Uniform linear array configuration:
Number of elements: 64
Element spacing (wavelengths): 0.5
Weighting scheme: hamming
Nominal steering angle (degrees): -15
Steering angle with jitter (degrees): -14.172
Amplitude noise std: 0.05
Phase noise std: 0.05

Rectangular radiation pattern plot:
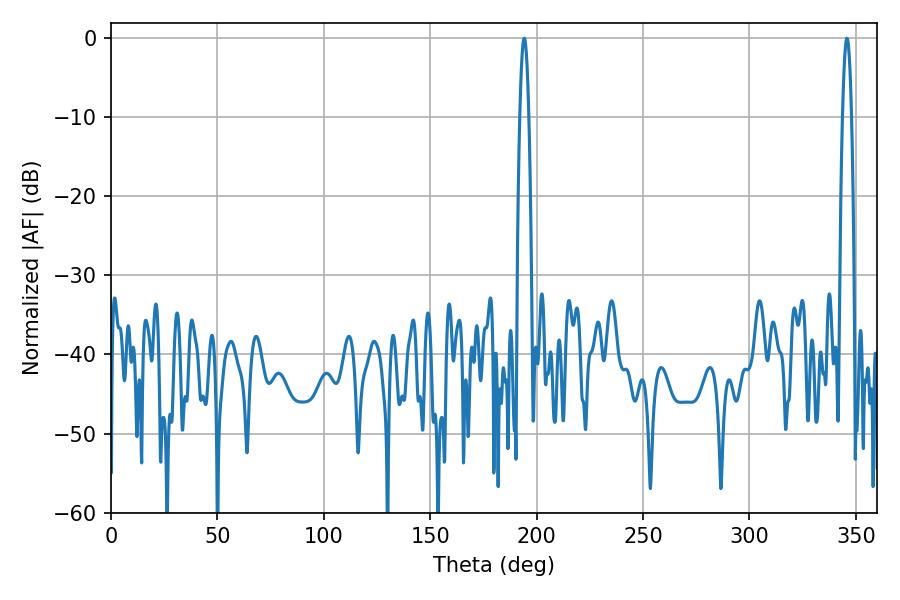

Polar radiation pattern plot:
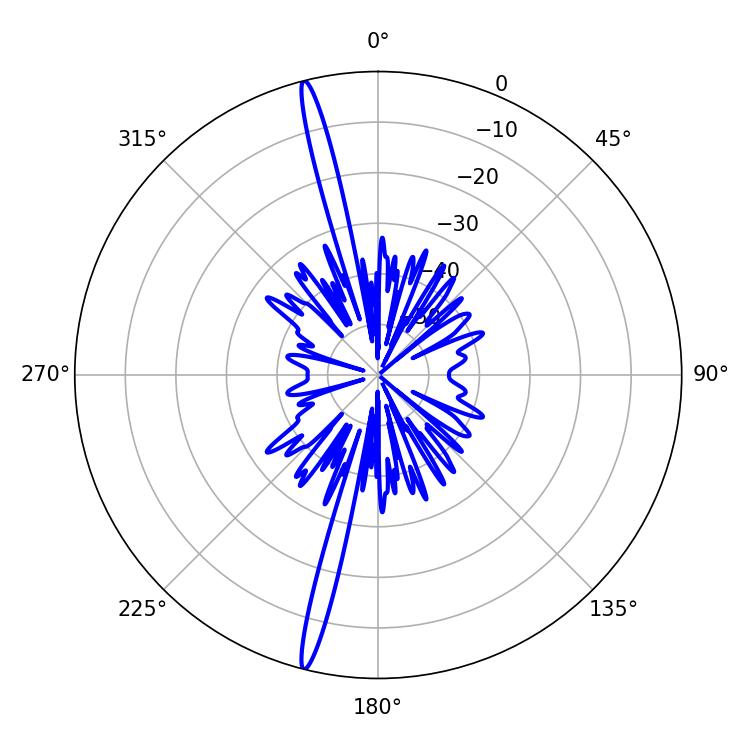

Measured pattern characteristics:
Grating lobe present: FALSE
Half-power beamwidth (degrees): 2.16
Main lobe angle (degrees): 345.78